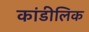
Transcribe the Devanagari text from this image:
कांडीलिक